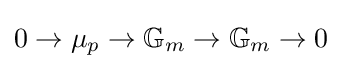
0\to \mu _{p}\to \mathbb {G} _{m}\to \mathbb {G} _{m}\to 0